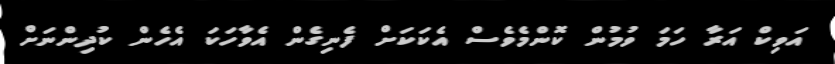
އަވިކް އަރާ ހަމަ ވުމުން ކޮންމެވެސް އެކަކަށް ފެނިގެން އެވާހަކަ އެހެން ކުދިންނަށް